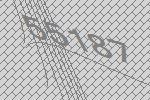
55187